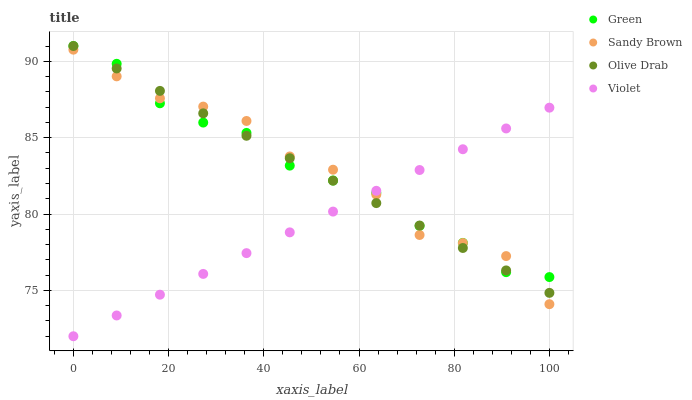
| xaxis_label | Green | Sandy Brown | Olive Drab | Violet |
 | --- | --- | --- | --- | --- |
 | 0 | 91 | 90.8 | 91 | 72 |
 | 9.09 | 89.8 | 89 | 89.5 | 73.4 |
 | 18.2 | 87.3 | 87.6 | 88.1 | 74.7 |
 | 27.3 | 86 | 87 | 86.6 | 76.1 |
 | 36.4 | 85.3 | 86.1 | 85.1 | 77.4 |
 | 45.5 | 83.2 | 83.8 | 83.7 | 78.8 |
 | 54.5 | 82.2 | 82.9 | 82.2 | 80.2 |
 | 63.6 | 81.4 | 81.3 | 80.7 | 81.5 |
 | 72.7 | 79.2 | 78.6 | 79.2 | 82.9 |
 | 81.8 | 78.1 | 78.1 | 77.8 | 84.2 |
 | 90.9 | 76.2 | 77.2 | 76.3 | 85.6 |
 | 100 | 75.9 | 74.1 | 74.8 | 87 |